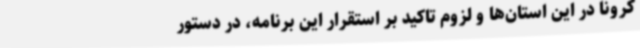
کرونا در این استان‌ها و لزوم تاکید بر استقرار این برنامه، در دستور